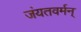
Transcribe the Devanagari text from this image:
जंयतवर्मन्